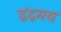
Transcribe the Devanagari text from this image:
द्वंद्वमय